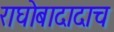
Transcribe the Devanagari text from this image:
राघोबादादाच